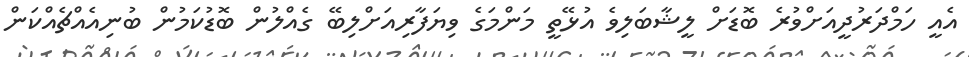
އެއީ ހަމްދަރުދީއަށްވުރެ ބޮޑަށް ލީޝާބަލިވެ އުޅޭތީ މަންމަގެ ވިޔަފާރިއަށްލިބޭ ގެއްލުން ބޮޑުކަމުން ބުނިއެއްޗެއްކަން